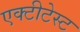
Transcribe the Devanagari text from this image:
एक्टीटेस्ट